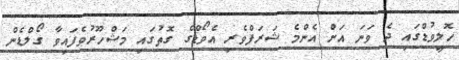
ހޮލީވުޑްގައި ދެ ވަނަ އަށް އެންމެ ޝަރަފްވެރި އެވޯޑްގެ ގޮތުގައި މަޝްހޫރުވެފައިވާ ގޯލްޑެން